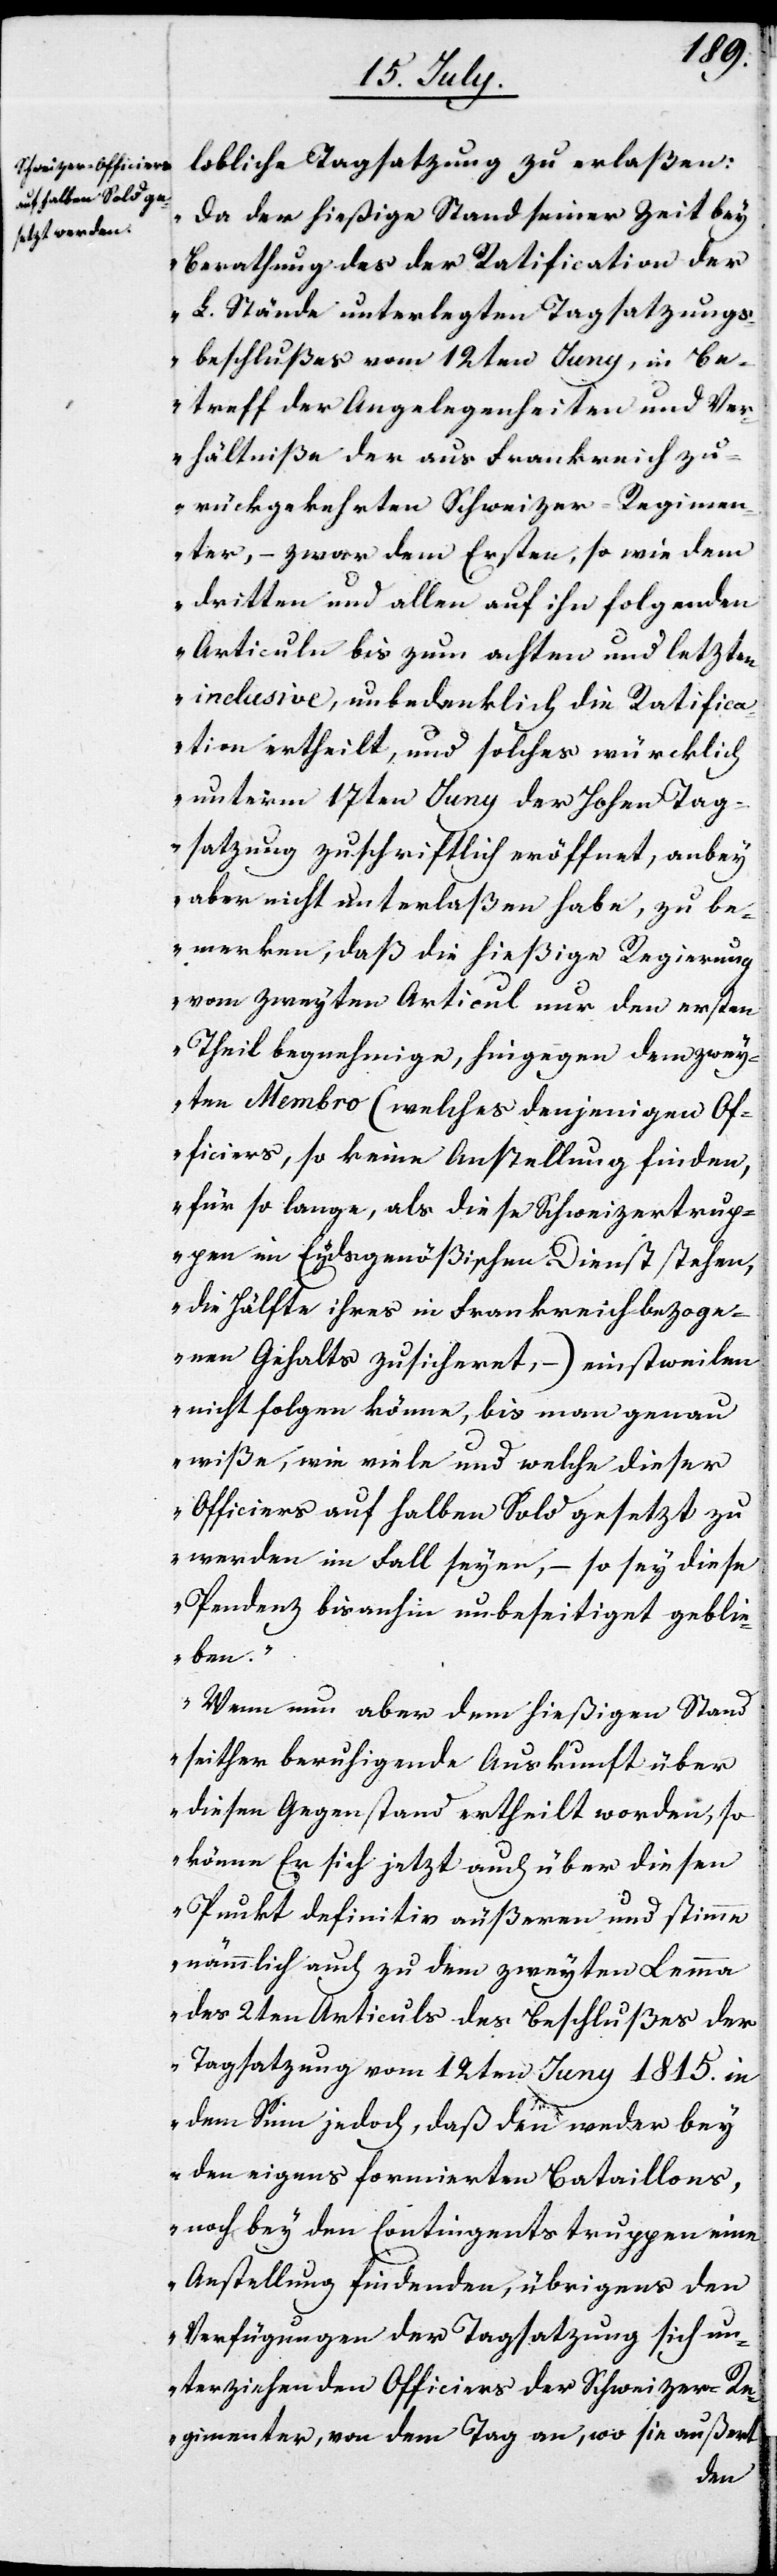
lobliche Tagsatzung zu erlaßen:
„Da der hießige Stand seiner Zeit bey
Berathung des der Ratification der
L. Stände unterlegten Tagsatzung¬
beschlußes vom 12ten Juny, in Be¬
treff der Angelegenheiten und Ver¬
hältniße der aus Frankreich zu¬
rückgekehrten Schweizer-Regimen¬
ter, – zwar dem Ersten, so wie dem
dritten und allen auf ihn folgenden
Articuln bis zum achten und letzten
inclusive, unbedenklich die Ratifica¬
tion ertheilt, und solches würklich
unterm 17ten Juny der Hohen Tag¬
satzung zuschriftlich eröffnet, anbey
aber nicht unterlaßen habe, zu be¬
merken, daß die hießige Regierung
vom zweyten Articul nur den ersten
Theil begnehmige, hingegen dem zwey¬
ten Membro (welches denjenigen Of¬
ficiers, so keine Anstellung finden,
für so lange, als diese Schweizertrup¬
pen im Eydsgenößischen Dienst stehen,
die Hälfte ihres in Frankreich bezoge¬
nen Gehalts zusicheret, – ) einstweilen
nicht folgen könne, bis man genau
wiße, wie viele und welche dieser
Officiers auf halben Sold gesetzt zu
werden im Fall seyen, – so sey diese
Pendenz bis anhin unbeseitiget geblie¬
ben.
Wenn nun aber dem hießigen Stand
seither beruhigende Auskunft über
diesen Gegenstand ertheilt worden, so
könne Er sich jetzt auch über diesen
Punkt definitiv äußeren und stimme
nämmlich auch zu dem zweyten Lemma
des 2ten Articuls des Beschlußes der
Tagsatzung vom 12ten Juny 1815. in
dem Sinn jedoch, daß den weder bey
den eigens formatierten Bataillons,
noch bey den Contingentstruppen eine
Anstellung findenden, übrigens den
Verfügungen der Tagsatzung sich un¬
terziehenden Officiers der Schweizerischen
Regimenter, von dem Tag an, wo sie außert